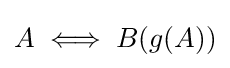
A\iff B(g(A))